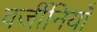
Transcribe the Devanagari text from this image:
वर्जीनियाँ